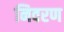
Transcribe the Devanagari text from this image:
निवरण